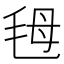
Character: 𣭇